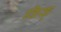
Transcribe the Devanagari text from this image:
किक्